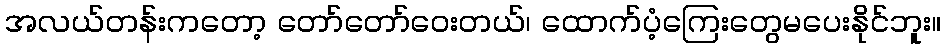
အလယ်တန်းကတော့ တော်တော်ဝေးတယ်၊ ထောက်ပံ့ကြေးတွေမပေးနိုင်ဘူး။